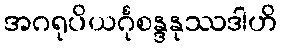
အဂရုပိယင်္ဂုစန္ဒနုဿဒါဟိ